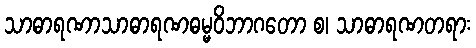
သာဓာရဏာသာဓာရဏဓမ္မဝိဘာဂတော စ၊ သာဓာရဏတရား